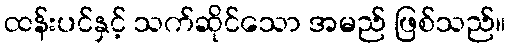
ထန်းပင်နှင့် သက်ဆိုင်သော အမည် ဖြစ်သည်။